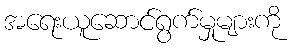
အရေးယူဆောင်ရွက်မှုများကို